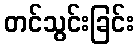
တင်သွင်းခြင်း